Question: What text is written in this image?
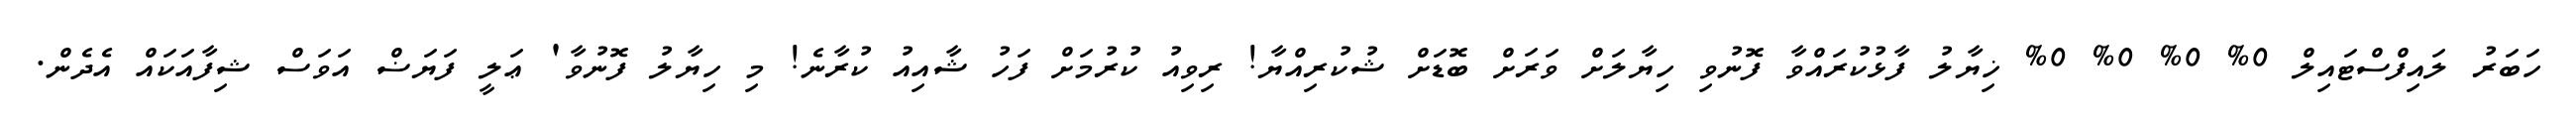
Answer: ހަބަރު ލައިފްސްޓައިލް 0% 0% 0% 0% ޚިޔާލު ފާޅުކުރައްވާ ފޮނުވި ހިޔާލަށް ވަރަށް ބޮޑަށް ޝުކުރިއްޔާ! ރިވިއު ކުރުމަށް ފަހު ޝާއިއު ކުރާނެ! މި ހިޔާލު ފޮނުވާ' ޢަލީ ފަޔަޟް އަވަސް ޝިފާއަކައް އެދެން.